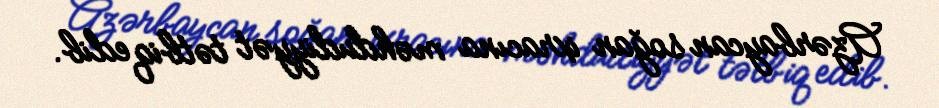
Azərbaycan soğan ixracına məhdudiyyət tətbiq edib.